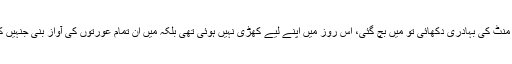
’ میں نے صرف ایک منٹ کی بہادری دکھائی تو میں بچ گئی، اس روز میں اپنے لیے کھڑی نہیں ہوئی تھی بلکہ میں ان تمام عورتوں کی آواز بنی جنہیں کم تر سمجھا جاتا ہے‘۔